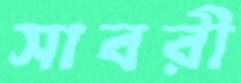
সাবরী